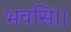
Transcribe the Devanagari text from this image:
भवसि।।